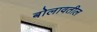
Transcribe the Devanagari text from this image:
बोलावतील